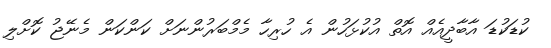
ކުޑަކުޑަ އާބާދީއެއް އޮތް އުކުޅަހުން އެ ހުރިހާ މެމްބަރުންނަށް ކަންކަން މެނޭޖު ކޮށްލި